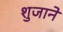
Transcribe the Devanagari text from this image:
शुजाने